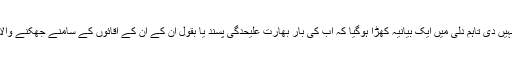
گوکہ مزاحمتی قیادت نے اس حکومتی کارروائی کو اہمیت نہیں دی تاہم دلّی میں ایک بیانیہ کھڑا ہوگیا کہ اب کی بار بھارت علیحدگی پسند یا بقول ان کے اُن کے آقائوں کے سامنے جھکنے والا نہیں ہے اور فیصلہ کن کارروائی کرکے ہی دم لیاجائے گا۔